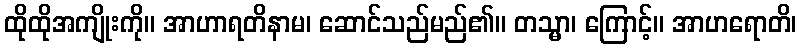
ထိုထိုအကျိုးကို။ အာဟာရတိနာမ၊ ဆောင်သည်မည်၏။ တသ္မာ၊ ကြောင့်။ အာဟရောတိ၊